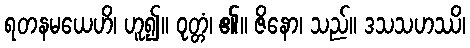
ရတနမယေဟိ၊ ဟူ၍။ ဝုတ္တံ၊ ၏။ ဇိနော၊ သည်။ ဒသသဟဿိ၊